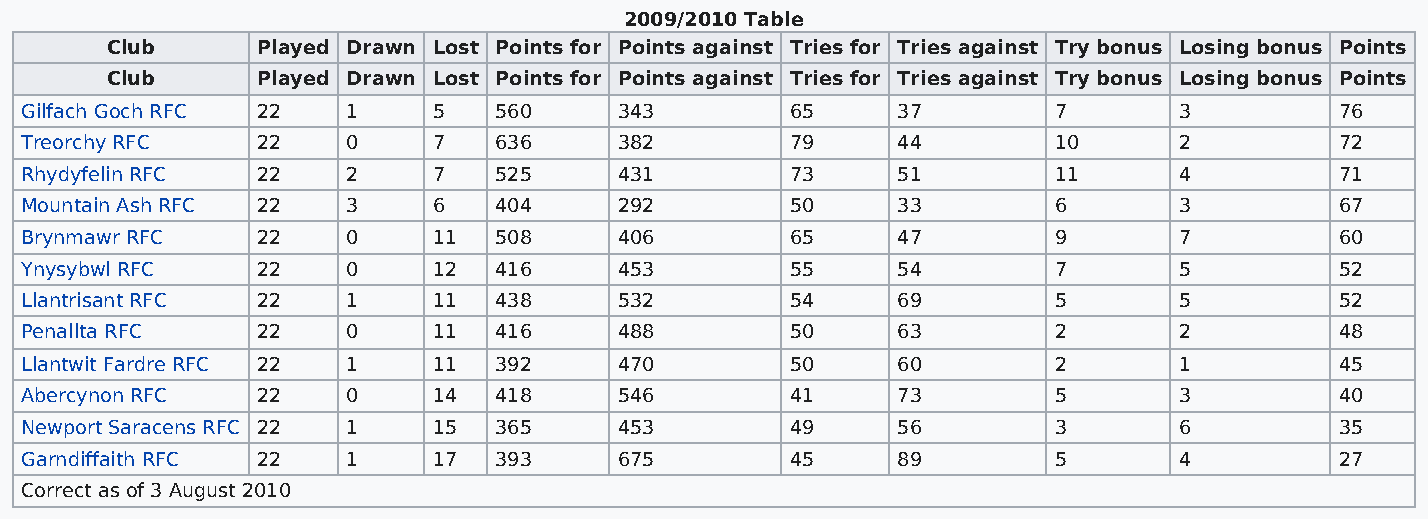
2009/2010 Table
 Club      Played Drawn Lost Points for Points against Tries for Tries against Try bonus Losing bonus Points
 Club      Played Drawn Lost Points for Points against Tries for Tries against Try bonus Losing bonus Points
 Gilfach Goch RFC 22   1     5   560     343        65     37         7       3          76
 Treorchy RFC    22    0     7   636     382        79     44         10      2          72
 Rhydyfelin RFC  22    2     7   525     431        73     51         11      4          71
 Mountain Ash RFC 22   3     6   404     292        50     33         6       3          67
 Brynmawr RFC    22    0     11  508     406        65     47         9       7          60
 Ynysybwl RFC    22    0     12  416     453        55     54         7       5          52
 Llantrisant RFC 22    1     11  438     532        54     69         5       5          52
 Penallta RFC    22    0     11  416     488        50     63         2       2          48
 Llantwit Fardre RFC 22 1    11  392     470        50     60         2       1          45
 Abercynon RFC   22    0     14  418     546        41     73         5       3          40
 Newport Saracens RFC 22 1   15  365     453        49     56         3       6          35
 Garndiffaith RFC 22   1     17  393     675        45     89         5       4          27
 Correct as of 3 August 2010